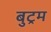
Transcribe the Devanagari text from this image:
बुट्रम